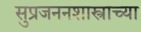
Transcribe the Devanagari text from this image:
सुप्रजननशास्त्राच्या